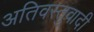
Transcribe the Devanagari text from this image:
अतिवस्तुवादी